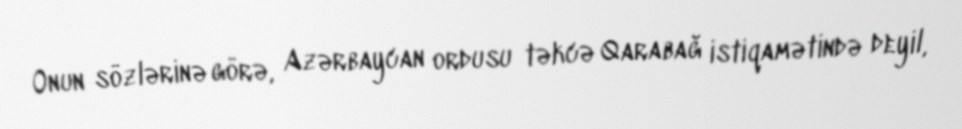
Onun sözlərinə görə, Azərbaycan ordusu təkcə Qarabağ istiqamətində deyil,